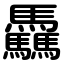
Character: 驫